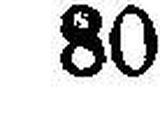
80